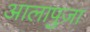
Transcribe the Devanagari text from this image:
आलापुज़ा